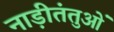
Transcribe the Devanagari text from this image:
नाड़ीतंतुओं